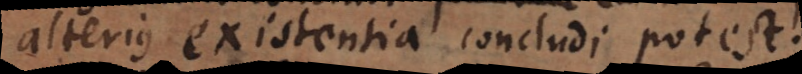
alterius existentia concludi potest.